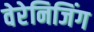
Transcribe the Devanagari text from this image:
वेरेनिजिंग